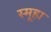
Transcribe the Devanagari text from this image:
स्मूहा